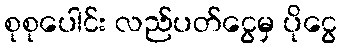
စုစုပေါင်း လည်ပတ်ငွေမှ ပိုငွေ